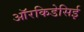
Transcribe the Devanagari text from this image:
ऑरकिडेसिई